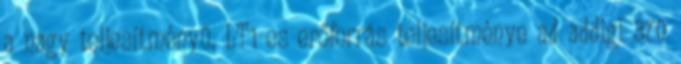
a nagy teljesítményű, LT1-es erőforrás teljesítménye ad addigi 370